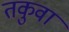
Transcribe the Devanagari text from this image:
तकुवा